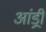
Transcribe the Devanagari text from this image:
आंड्री